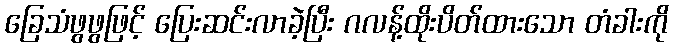
ခြေသံဖွဖွဖြင့် ပြေးဆင်းလာခဲ့ပြီး ဂလန့်ထိုးပိတ်ထားသော တံခါးကို